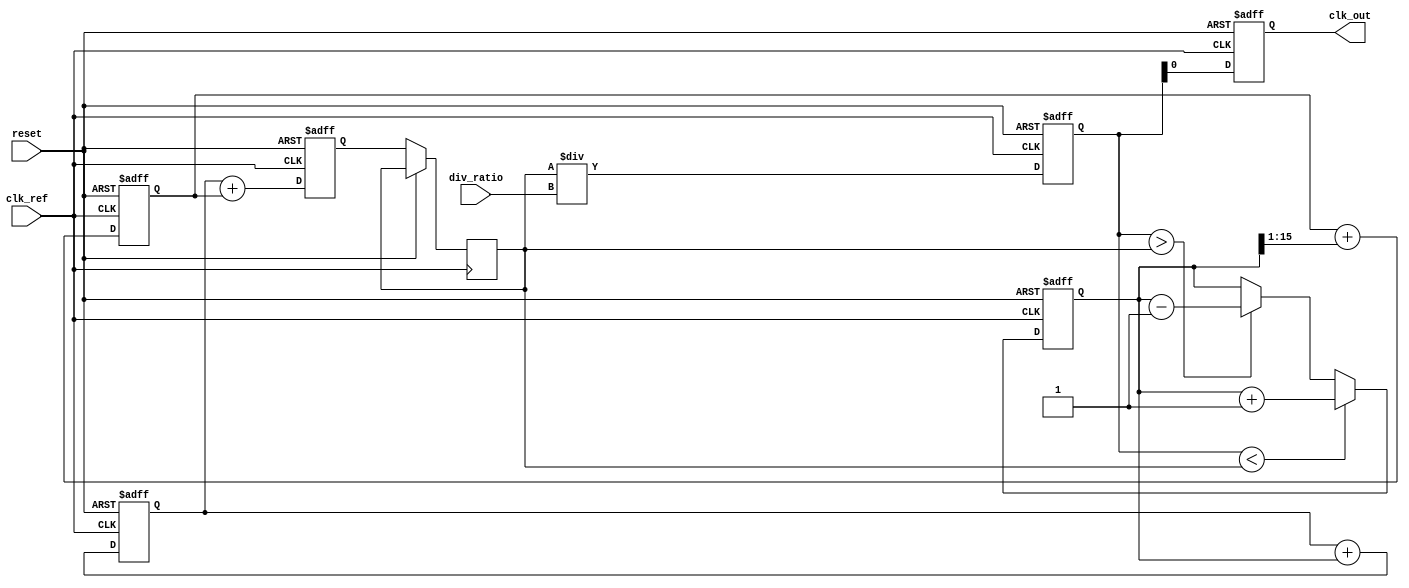
module dual_loop_pll (
    input wire clk_ref,           // Reference clock input
    input wire reset,             // Reset signal
    input wire [3:0] div_ratio,   // Programmable division ratio
    output reg clk_out            // Output clock
);

    // Internal signals
    reg [15:0] vco_freq;          // VCO frequency control
    reg [15:0] phase_error;       // Phase error signal
    reg [15:0] inner_filter;       // Inner loop filter output
    reg [15:0] outer_filter;       // Outer loop filter output
    reg [15:0] vco_output;         // VCO output
    reg [15:0] feedback;           // Feedback signal from divider
    reg locked;                   // Lock status

    // Phase Detector (PFD)
    always @(posedge clk_ref or posedge reset) begin
        if (reset) begin
            phase_error <= 0;
        end else begin
            // Simple phase error detection logic
            if (feedback < vco_output)
                phase_error <= phase_error + 1; // Phase leading
            else if (feedback > vco_output)
                phase_error <= phase_error - 1; // Phase lagging
        end
    end

    // Loop Filter (Inner and Outer)
    always @(posedge clk_ref or posedge reset) begin
        if (reset) begin
            inner_filter <= 0;
            outer_filter <= 0;
        end else begin
            // Inner loop filter
            inner_filter <= inner_filter + phase_error; // Simple integrator

            // Outer loop filter (slower response)
            outer_filter <= outer_filter + (phase_error >> 1); // Reduced gain
        end
    end

    // Voltage-Controlled Oscillator (VCO)
    always @(posedge clk_ref or posedge reset) begin
        if (reset) begin
            vco_freq <= 16'h0000; // Initialize VCO frequency
        end else begin
            // Adjust VCO frequency based on filter outputs
            vco_freq <= inner_filter + outer_filter;
            // Output VCO clock signal (simplified)
            vco_output <= vco_freq;
        end
    end

    // Divider
    always @(posedge clk_ref or posedge reset) begin
        if (reset) begin
            feedback <= 0;
            clk_out <= 0;
        end else begin
            // Simple clock divider logic
            feedback <= vco_output / div_ratio; // Divide VCO output
            clk_out <= feedback[0]; // Output clock signal
        end
    end

    // Control Logic (Lock detection)
    always @(posedge clk_ref or posedge reset) begin
        if (reset) begin
            locked <= 0;
        end else begin
            // Simple lock detection logic
            if (phase_error == 0)
                locked <= 1; // PLL is locked
            else
                locked <= 0; // PLL is not locked
        end
    end

endmodule